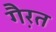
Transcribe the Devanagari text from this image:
गै़रत